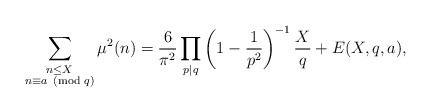
\begin{align*}\sum_{\substack{n\leq X\\ n\equiv a\!\!\!\pmod q}}\mu^2(n)=\dfrac{6}{\pi^2}\prod_{p\mid q}\left(1-\frac{1}{p^2}\right)^{-1}\frac{X}{q} + E(X,q,a),\end{align*}